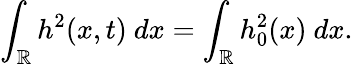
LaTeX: \int_{\mathbb R}h^{2}(x,t)\ dx=\int_{\mathbb R}h_{0}^{2}(x)\ dx.